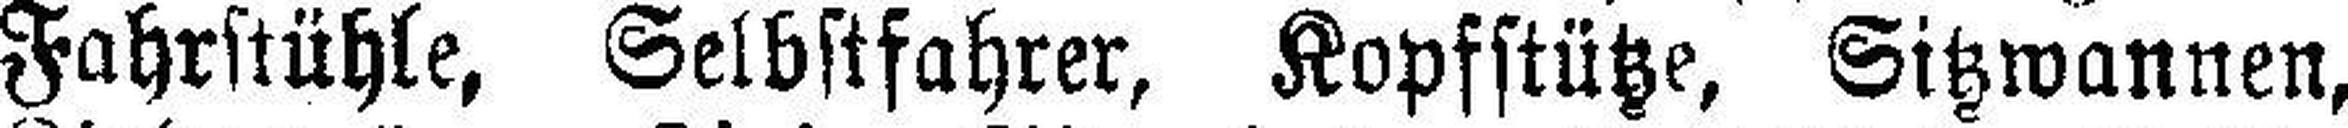
Fahrstühle, Selbstfahrer, Kopfstütze, Sitzwannen,